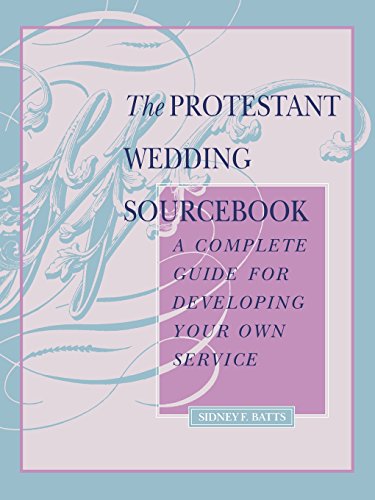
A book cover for The Protestant Wedding Sourcebook: A Complete Guide for Developing Your Own Service; Sidney F. Batts; Crafts, Hobbies & Home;